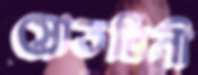
স্রোতষিনী